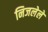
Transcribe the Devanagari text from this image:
निजलेले